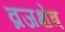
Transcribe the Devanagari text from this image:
व्रजक्षेत्र